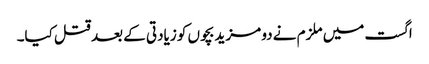
اگست میں ملزم نے دو مزید بچوں کو زیادتی کے بعد قتل کیا۔